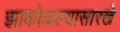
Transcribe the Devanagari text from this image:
झाकोळल्यासारखे